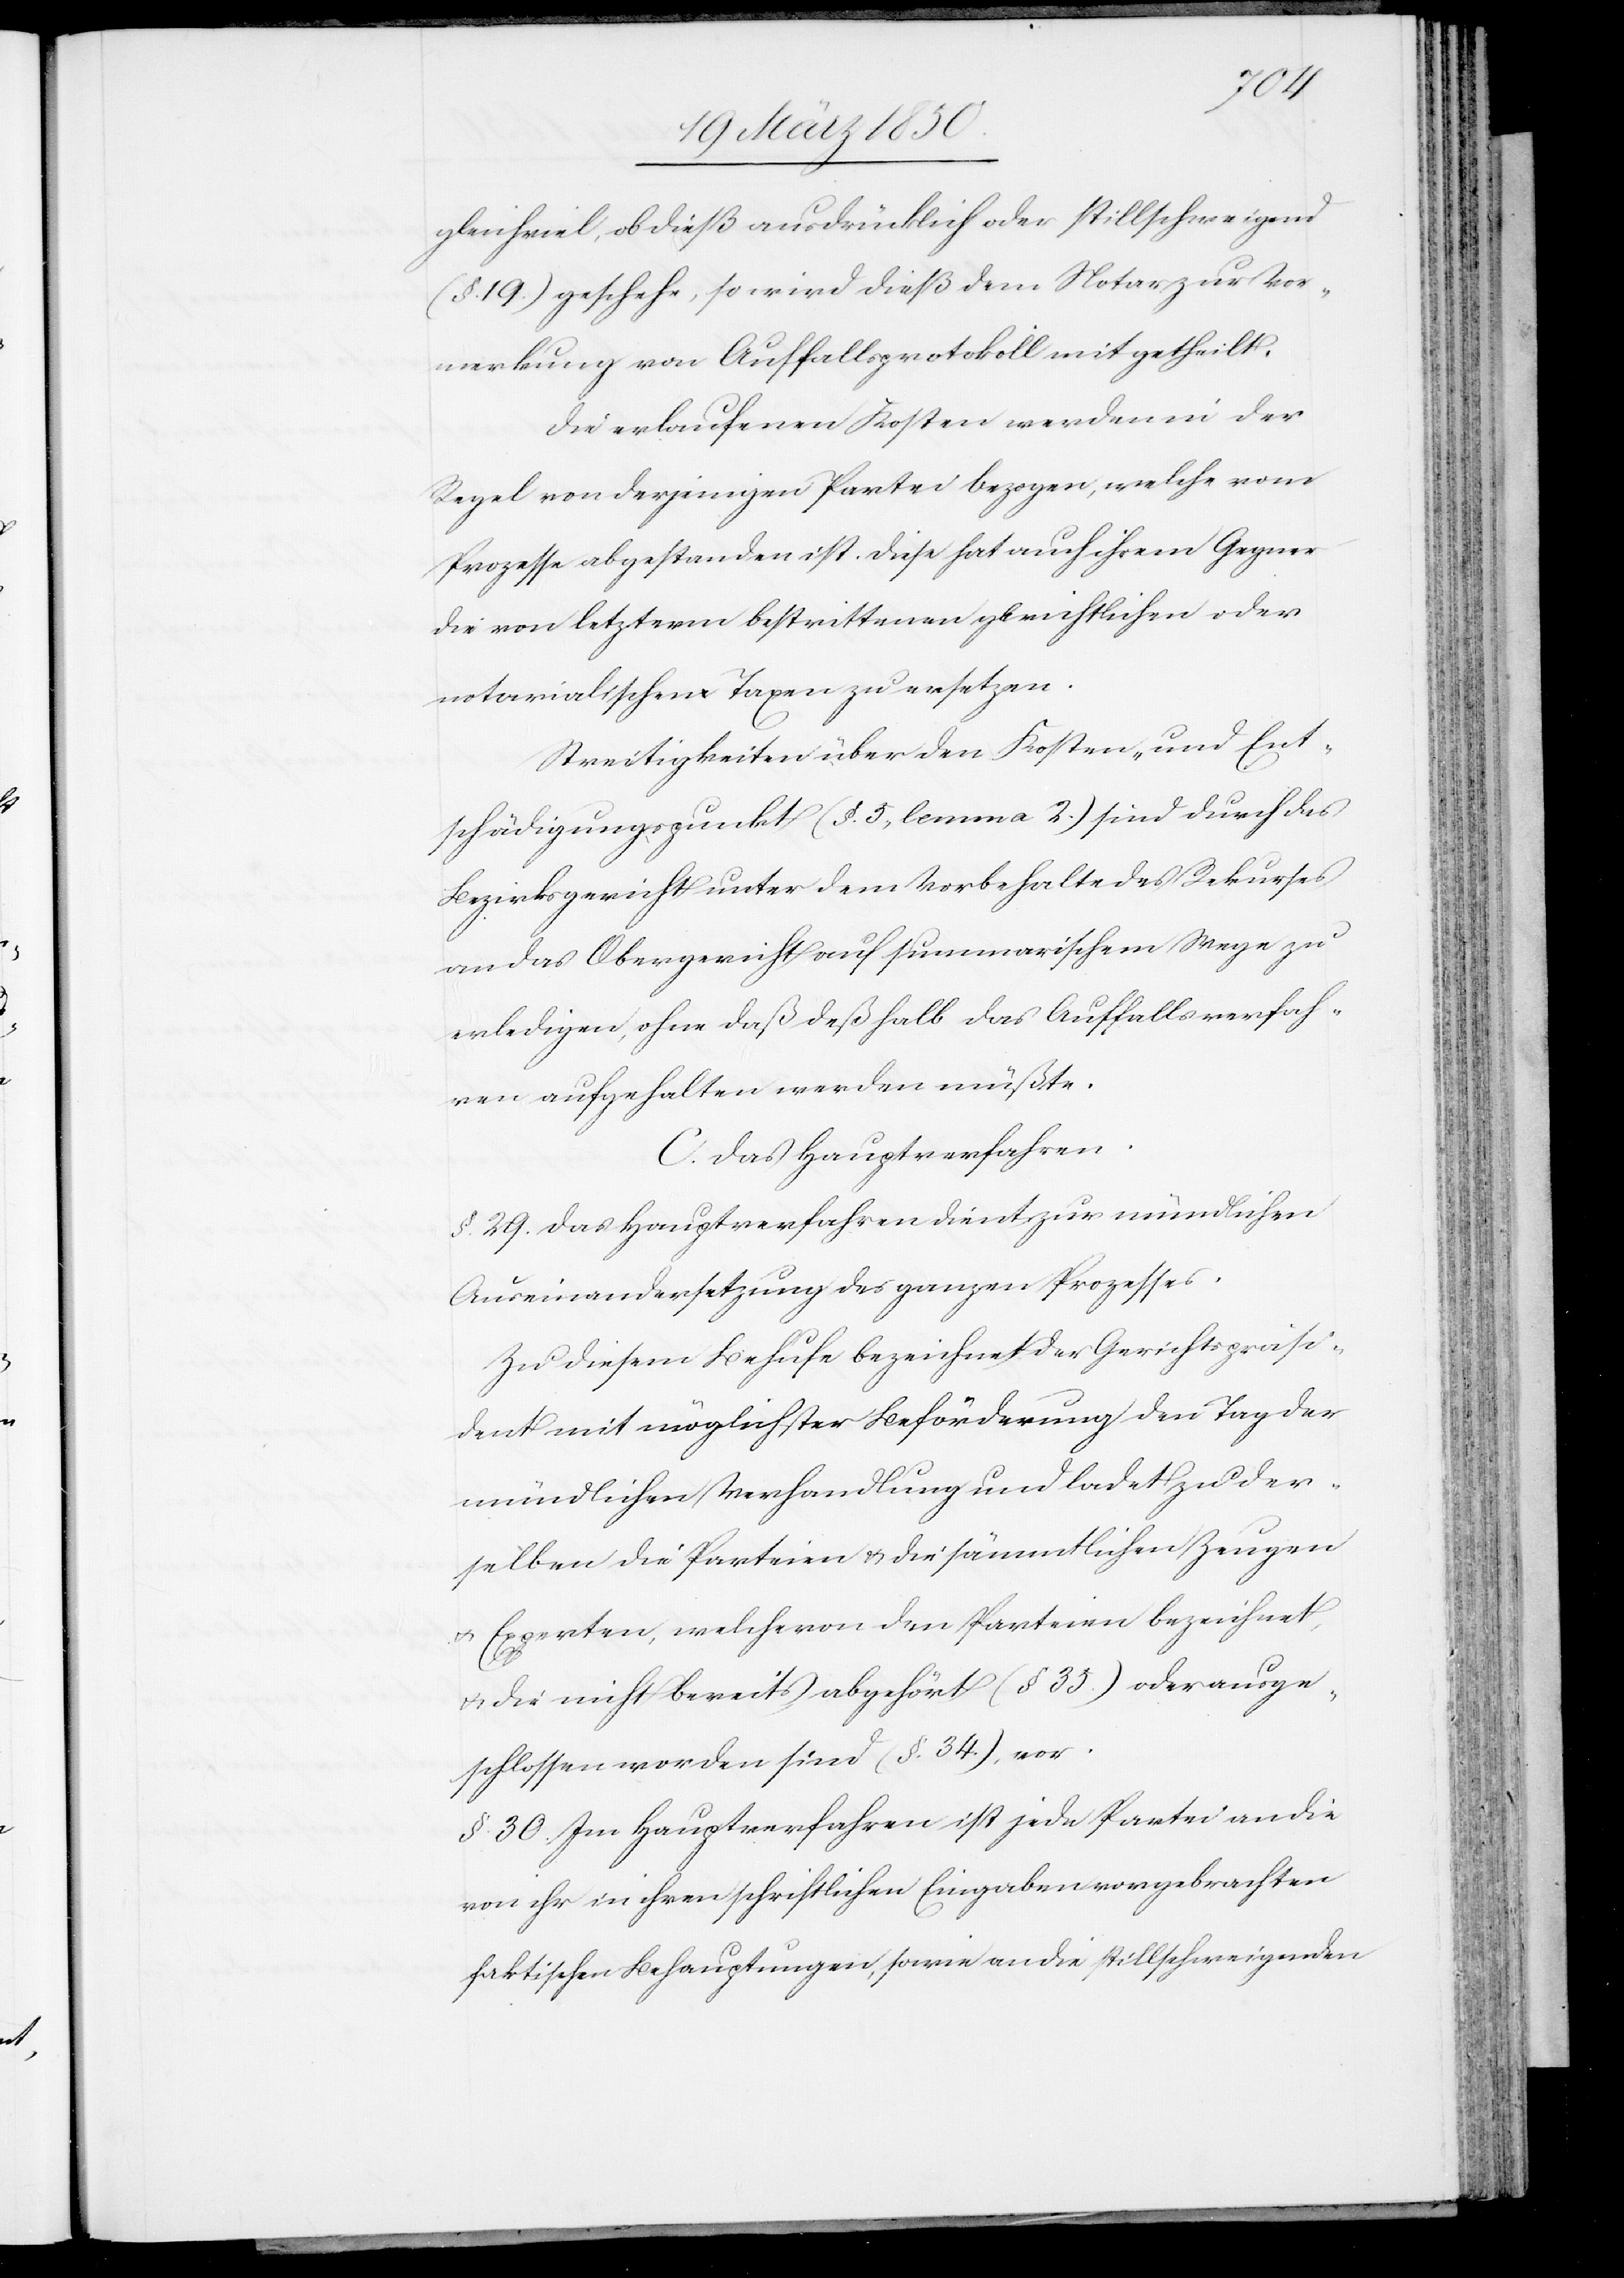
gleichviel, ob dieß ausdrücklich oder stillschweigend
(§. 19.) geschehe, so wird dieß dem Notar zur Vor¬
merkung von Auffallsprotokoll mitgetheilt.
Die erlaufenen Kosten werden in der
Regel von derjenigen Partei bezogen, welche vom
Prozesse abgestanden ist. Diese hat auch ihrem Gegner
die von letzterm bestrittenen gerichtlichen oder
notarialischen Taxen zu ersetzen.
Streitigkeiten über den Kosten- und Ent¬
schädigungspunkt (§. 5, lemma 2.) sind durch das
Bezirksgericht unter dem Vorbehalte des Rekurses
an das Obergericht auf summarischem Wege zu
erledigen, ohne daß deßhalb das Auffallsverfah¬
ren aufgehalten werden müßte.
C. Das Hauptverfahren.
§. 29. Das Hauptverfahren dient zur mündlichen
Auseinandersetzung des ganzen Prozesses.
Zu diesem Behufe bezeichnet der Gerichtspräsi¬
dent mit möglichster Beförderung den Tag der
mündlichen Verhandlung und ladet zu der¬
selben die Parteien u. die sämmtlichen Zeugen
u. Experten, welche von den Parteien bezeichnet,
u. die nicht bereits abgehört (§ 35.) oder ausge¬
schlossen worden sind (§. 34), vor.
§. 30. Im Hauptverfahren ist jede Partei an die
von ihr in ihren schriftlichen Eingaben vorgebrachten
faktischen Behauptungen, sowie an die stillschweigenden